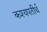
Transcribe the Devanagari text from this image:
कश्यपतीर्थ